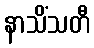
နာသိံသတီ